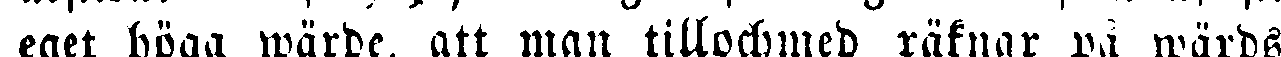
eget höga wärde, att man tillochmed räknar på wärds-